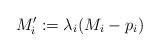
LaTeX: \begin{align*} M_i' := \lambda_i (M_i - p_i)\end{align*}